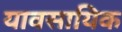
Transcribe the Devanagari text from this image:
यावसायिक